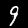
Label: 9